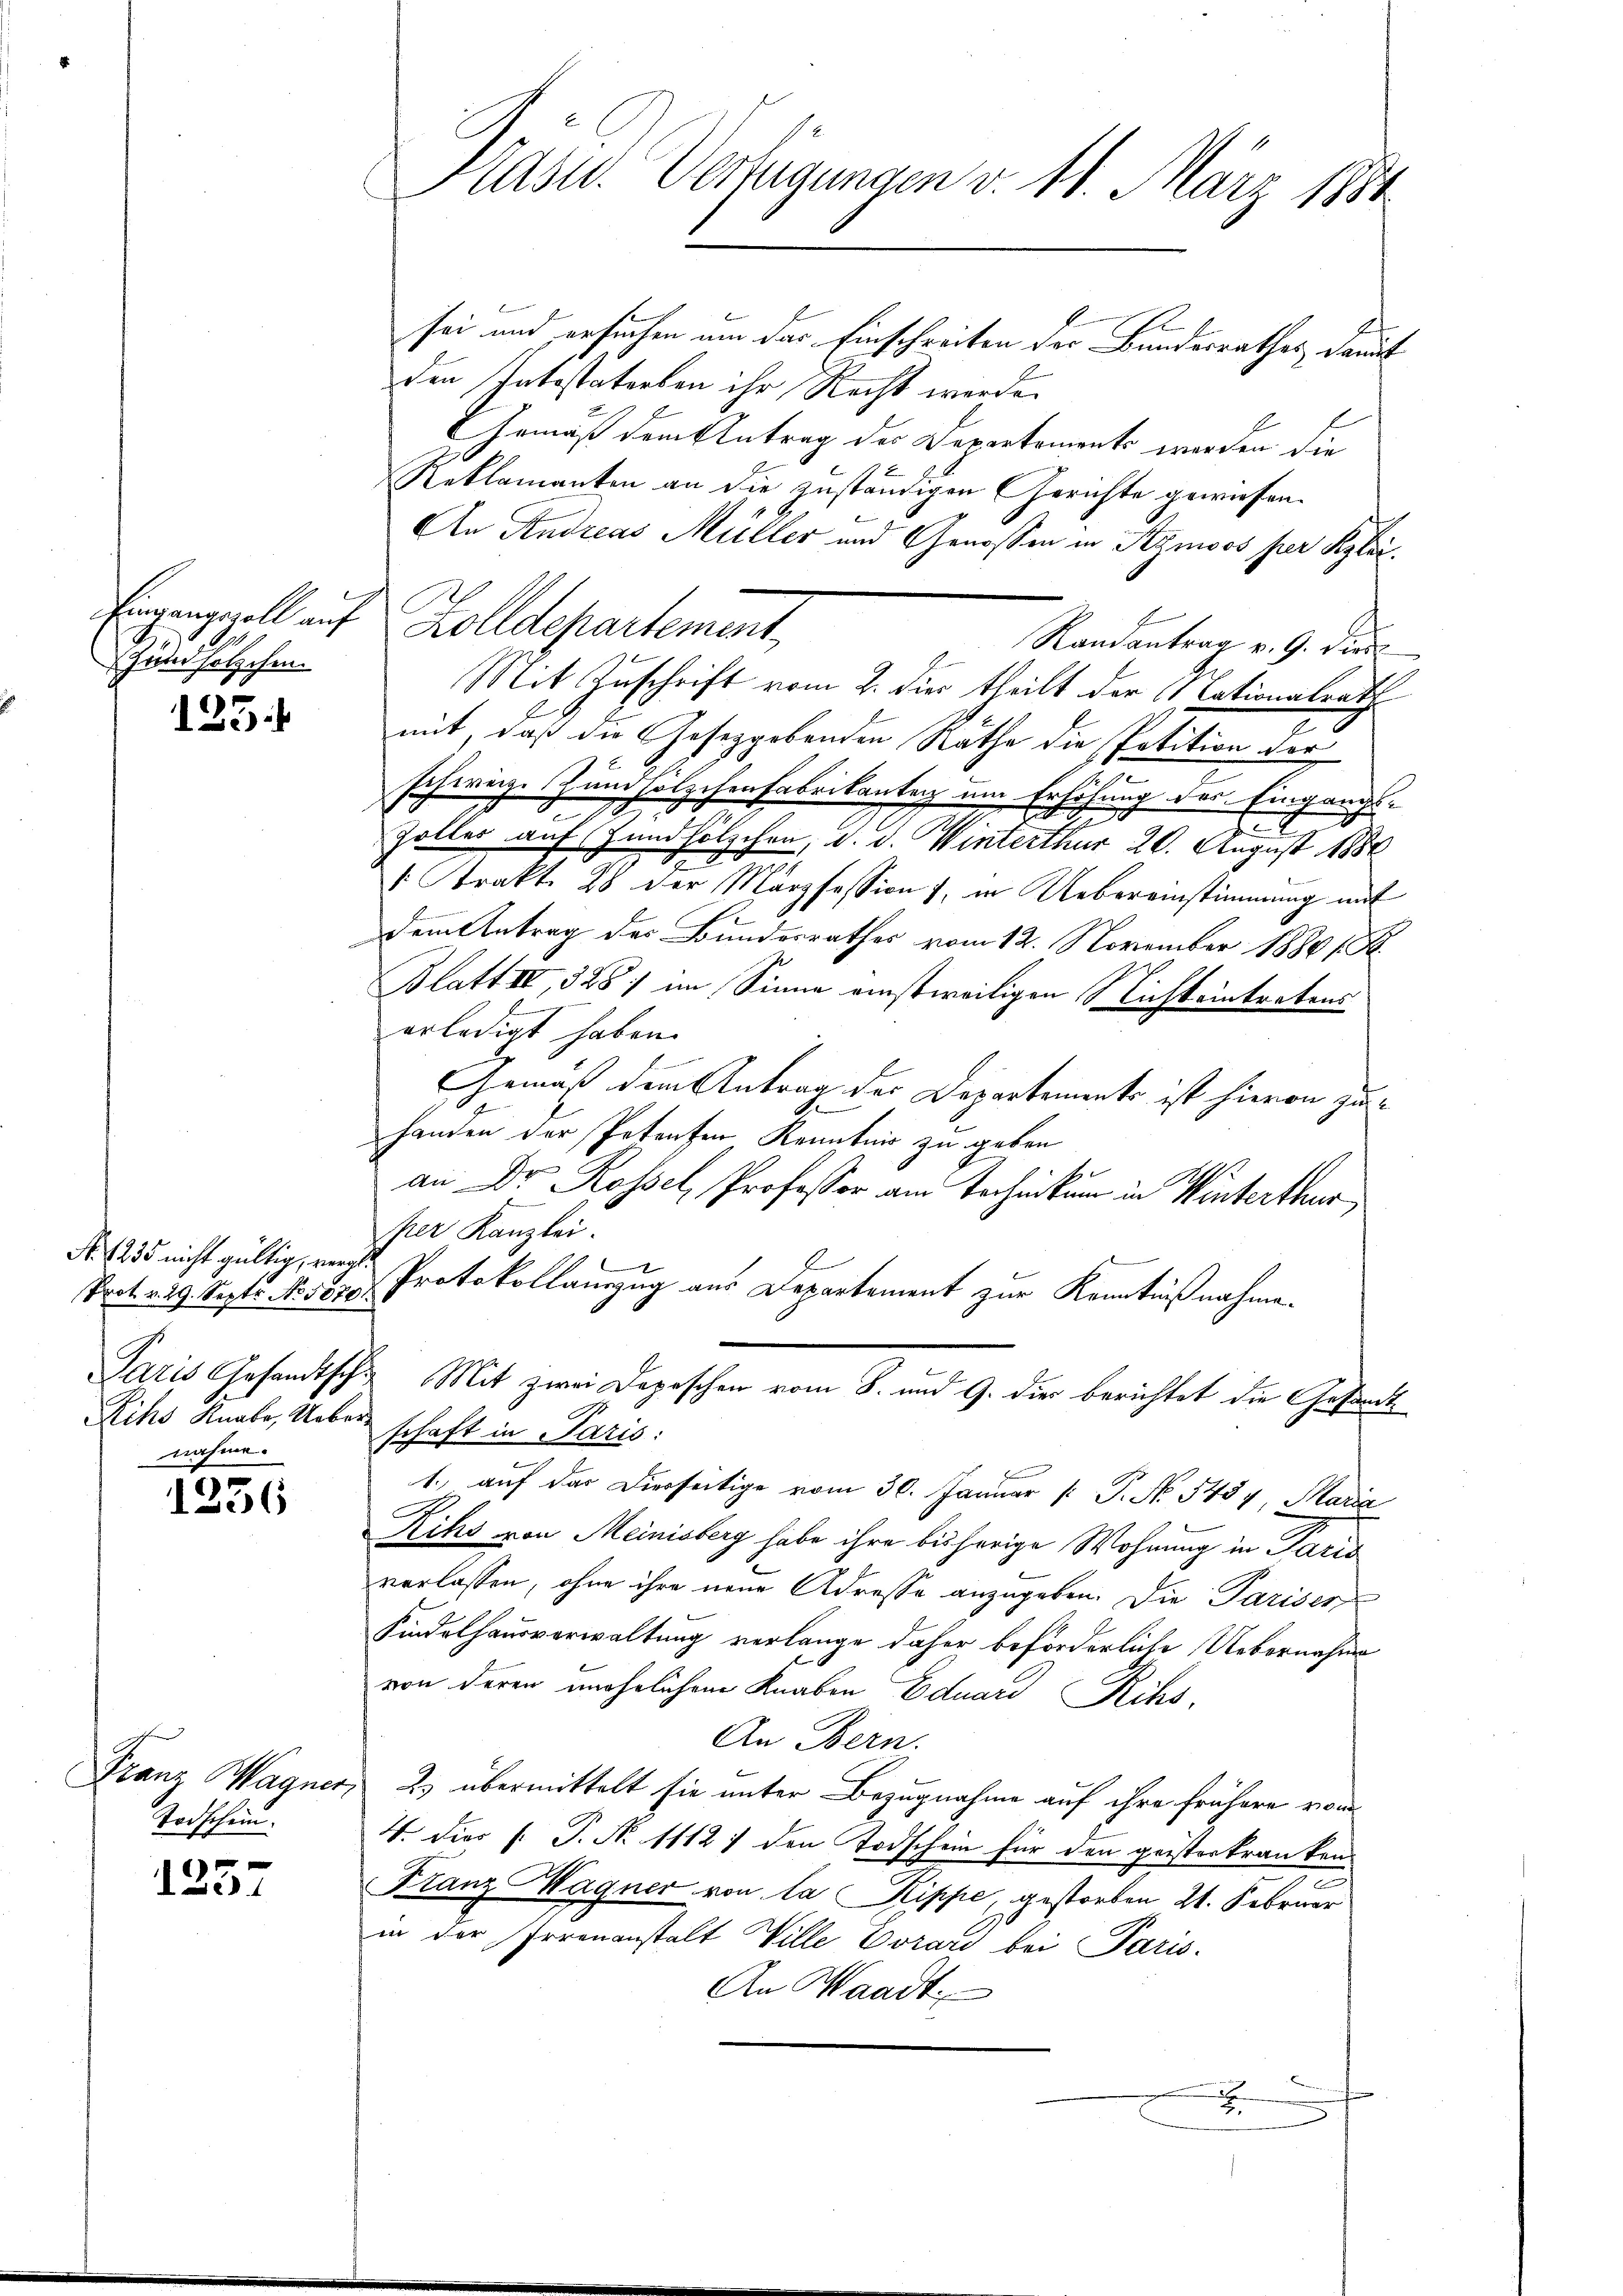
Zündhölzchen.

125.

No. 1235 nicht gültig, vergl.
nahme.

1256

Todschein.

1257

Kasu. Verfügungen v. 11. März 1884

sei und ersuchen um das Einschreiben der Bundesrathes damit
den Intestatorten ihr Recht werde.
EGemäß dem Antrag des Departements werden die
Reklamanten an die zuständigen Gerichte gewiesen.
An Andreas Müller und Genossen in Symoos per Klei¬
Randantrag v. 9. Die
E
Mit Zuschrift vom 2. dies theilt der Nationalrath
mit, daß die Gesetzgebenden Räthe die Petition der
schweiz. Zündhölzchenfabrikantag um Erhöhung der Eingangs¬
u
.
Zolles auf Zündhölzchen, d. d. Winterthur 20. August 1880
 Trakt. 28 der Marzfession, in Uebereinstimmung mit
e
dem Antrag des Bundesrathes vom 12. November 18801. St.
Blatt III, 328) im Sinne einstweiligen Nicht eintretens
erledigt haben.
Gemäß dem Antrag der Departements ist hievon zuhanden der Petenten Kenntnis zu geben
an Dr. Rossel, Professor am Technikum in Winterthur
per Kanzlei.
x
Prot. d. 29. Sept No 587. Protokollauszug aus Departement zur Kenntnißnahme
Paris Gesandtsche Mit zwei Depeschen vom 8. und 9. die berichtet die Gesandt
Rihs Knabe, Ueber schaft in Paris:
1., auf das Dierseitige vom 30. Januar [ P. No. 5454, Maria
Rihs von Meinisberg habe ihre bisherige Wohnung in Paris
verlassen, ohne ihre neue Adresse anzugeben. Die Pariser
Kindelhausverwaltung verlange daher beförderliche Uebernahme
von deren unehrlichen Knaben Eduard Rihs,
An Bern.
Franz Wagner, 2) übermittelt sie unter Bezugnahme auf ihre frühere von
4. dies [: P. No 11121 den Todschein für den geisterkranken.
Franz Magner von la Rippe, gestorben 21. Februar
in der Irrenanstalt Wille Vorard bei Paris.
An Waadt
x

Eingangezoll auf Zolldepartement,